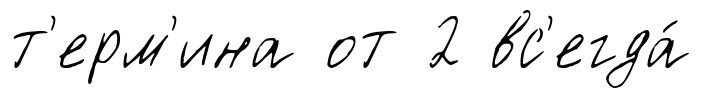
т'ерм'ина от 2 вс'егда́